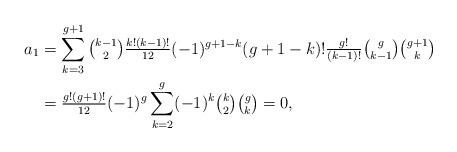
LaTeX: \begin{align*}a_1&=\sum_{k=3}^{g+1}\tbinom{k-1}{2}\tfrac{k!(k-1)!}{12}(-1)^{g+1-k} (g+1-k)! \tfrac{g!}{(k-1)!} \tbinom{g}{k-1}\tbinom{g+1}{k}\\&=\tfrac{g!(g+1)!}{12}(-1)^g\sum_{k=2}^{g}(-1)^{k} \tbinom{k}{2}\tbinom{g}{k}=0,\end{align*}